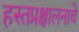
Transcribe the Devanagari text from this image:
हस्तप्रक्षालनाचे